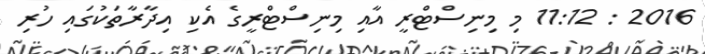
2016 : 11:12 މި މިނިސްޓްރީ އާއި މިނިސްޓްރީގެ އެކި އިދާރާތަކުގައި ހުރި